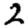
Digit: 2